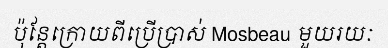
ប៉ុន្តែក្រោយពីប្រើប្រាស់ Mosbeau មួយរយៈ